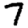
Digit: 7